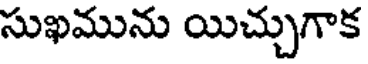
సుఖమును యిచ్చుగాక